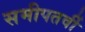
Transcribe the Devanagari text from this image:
समीपतर्वी